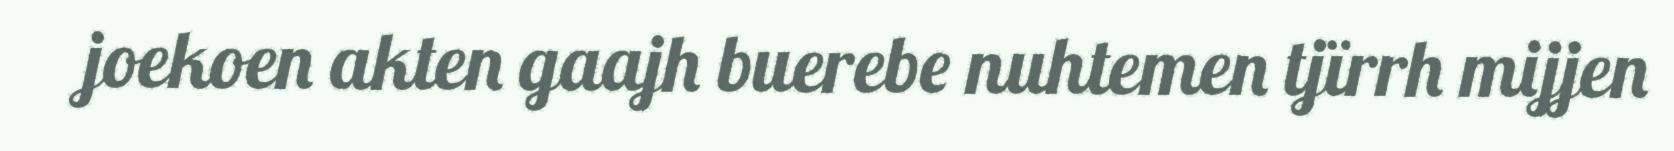
joekoen akten gaajh buerebe nuhtemen tjïrrh mijjen